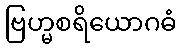
ဗြဟ္မစရိယောဂဓံ